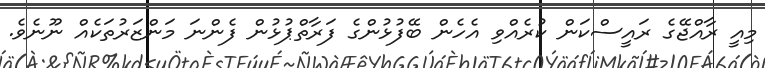
މިއީ ރާއްޖޭގެ ރައީސްކަން ކުރެއްވި އެހެން ބޭފުޅުންގެ ފަރާތްޕުޅުން ފެންނަ މަންޒަރުތަކެއް ނޫނެވެ.